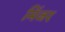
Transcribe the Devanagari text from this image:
मिंजर